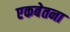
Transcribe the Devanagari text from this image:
एकबेतना